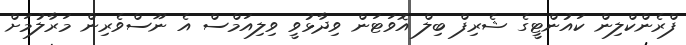
ފްރެންކްލިން ކައުންޓީގެ ޝެރިފް ބިލް އޮވަޓަން ވިދާޅުވީ ވިލިއަމްސް އެ ނޫސްވެރިން މަރާލުމަށް